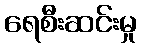
ရေစီးဆင်းမှု